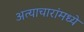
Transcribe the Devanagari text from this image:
अत्याचारांमध्ये